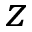
z